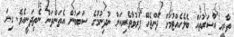
ތާރީޚީ އާސަރުތައް ބެލެހެއްޓުމަށް ދޭންޖެހޭ ފަރުވާތެރިކަން ނުދިނުމުގެ ސަބަބުން އެތަންތަން ނެތިދަނީއެވެ. ގިނަ